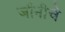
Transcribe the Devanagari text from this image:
जॉनीचे